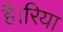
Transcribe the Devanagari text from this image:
है।रिया